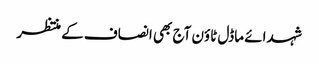
شہدائے ماڈل ٹاؤن آج بھی انصاف کے منتظر